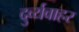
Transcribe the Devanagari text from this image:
दुर्व्यवाहर